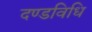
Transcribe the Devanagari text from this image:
दण्डविधि